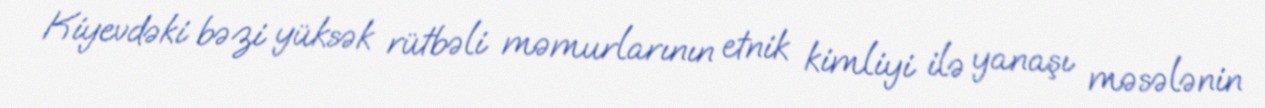
Kiyevdəki bəzi yüksək rütbəli məmurlarının etnik kimliyi ilə yanaşı məsələnin